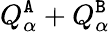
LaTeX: {Q}_{\alpha}^{{\tt A}}+{Q}_{\alpha}^{{\tt B}}